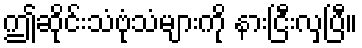
ဤဆိုင်းသံဗုံသံများကို နားငြီးလှပြီ။